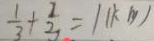
\frac { 1 } { 3 } + \frac { 1 } { 3 } = 1 ( k m )